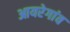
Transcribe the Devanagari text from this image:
आयरेगांव